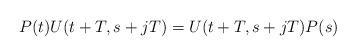
LaTeX: \begin{align*} P(t)U(t+T,s+jT) = U(t+T,s+jT)P(s)\end{align*}